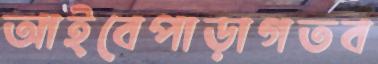
আইবেপাড়াগতব